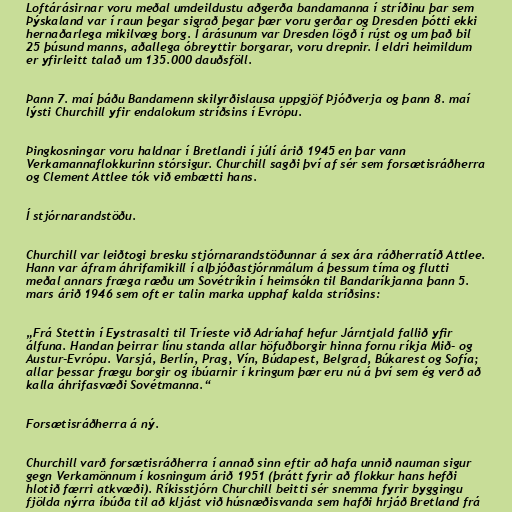
Loftárásirnar voru meðal umdeildustu aðgerða bandamanna í stríðinu þar sem
Þýskaland var í raun þegar sigrað þegar þær voru gerðar og Dresden þótti ekki
hernaðarlega mikilvæg borg. Í árásunum var Dresden lögð í rúst og um það bil
25 þúsund manns, aðallega óbreyttir borgarar, voru drepnir. Í eldri heimildum
er yfirleitt talað um 135.000 dauðsföll.

Þann 7. maí þáðu Bandamenn skilyrðislausa uppgjöf Þjóðverja og þann 8. maí
lýsti Churchill yfir endalokum stríðsins í Evrópu.

Þingkosningar voru haldnar í Bretlandi í júlí árið 1945 en þar vann
Verkamannaflokkurinn stórsigur. Churchill sagði því af sér sem forsætisráðherra
og Clement Attlee tók við embætti hans.

Í stjórnarandstöðu.

Churchill var leiðtogi bresku stjórnarandstöðunnar á sex ára ráðherratíð Attlee.
Hann var áfram áhrifamikill í alþjóðastjórnmálum á þessum tíma og flutti
meðal annars fræga ræðu um Sovétríkin í heimsókn til Bandaríkjanna þann 5.
mars árið 1946 sem oft er talin marka upphaf kalda stríðsins:

„Frá Stettin í Eystrasalti til Tríeste við Adríahaf hefur Járntjald fallið yfir
álfuna. Handan þeirrar línu standa allar höfuðborgir hinna fornu ríkja Mið- og
Austur-Evrópu. Varsjá, Berlín, Prag, Vín, Búdapest, Belgrad, Búkarest og Sofía;
allar þessar frægu borgir og íbúarnir í kringum þær eru nú á því sem ég verð að
kalla áhrifasvæði Sovétmanna.“

Forsætisráðherra á ný.

Churchill varð forsætisráðherra í annað sinn eftir að hafa unnið nauman sigur
gegn Verkamönnum í kosningum árið 1951 (þrátt fyrir að flokkur hans hefði
hlotið færri atkvæði). Ríkisstjórn Churchill beitti sér snemma fyrir byggingu
fjölda nýrra íbúða til að kljást við húsnæðisvanda sem hafði hrjáð Bretland frá